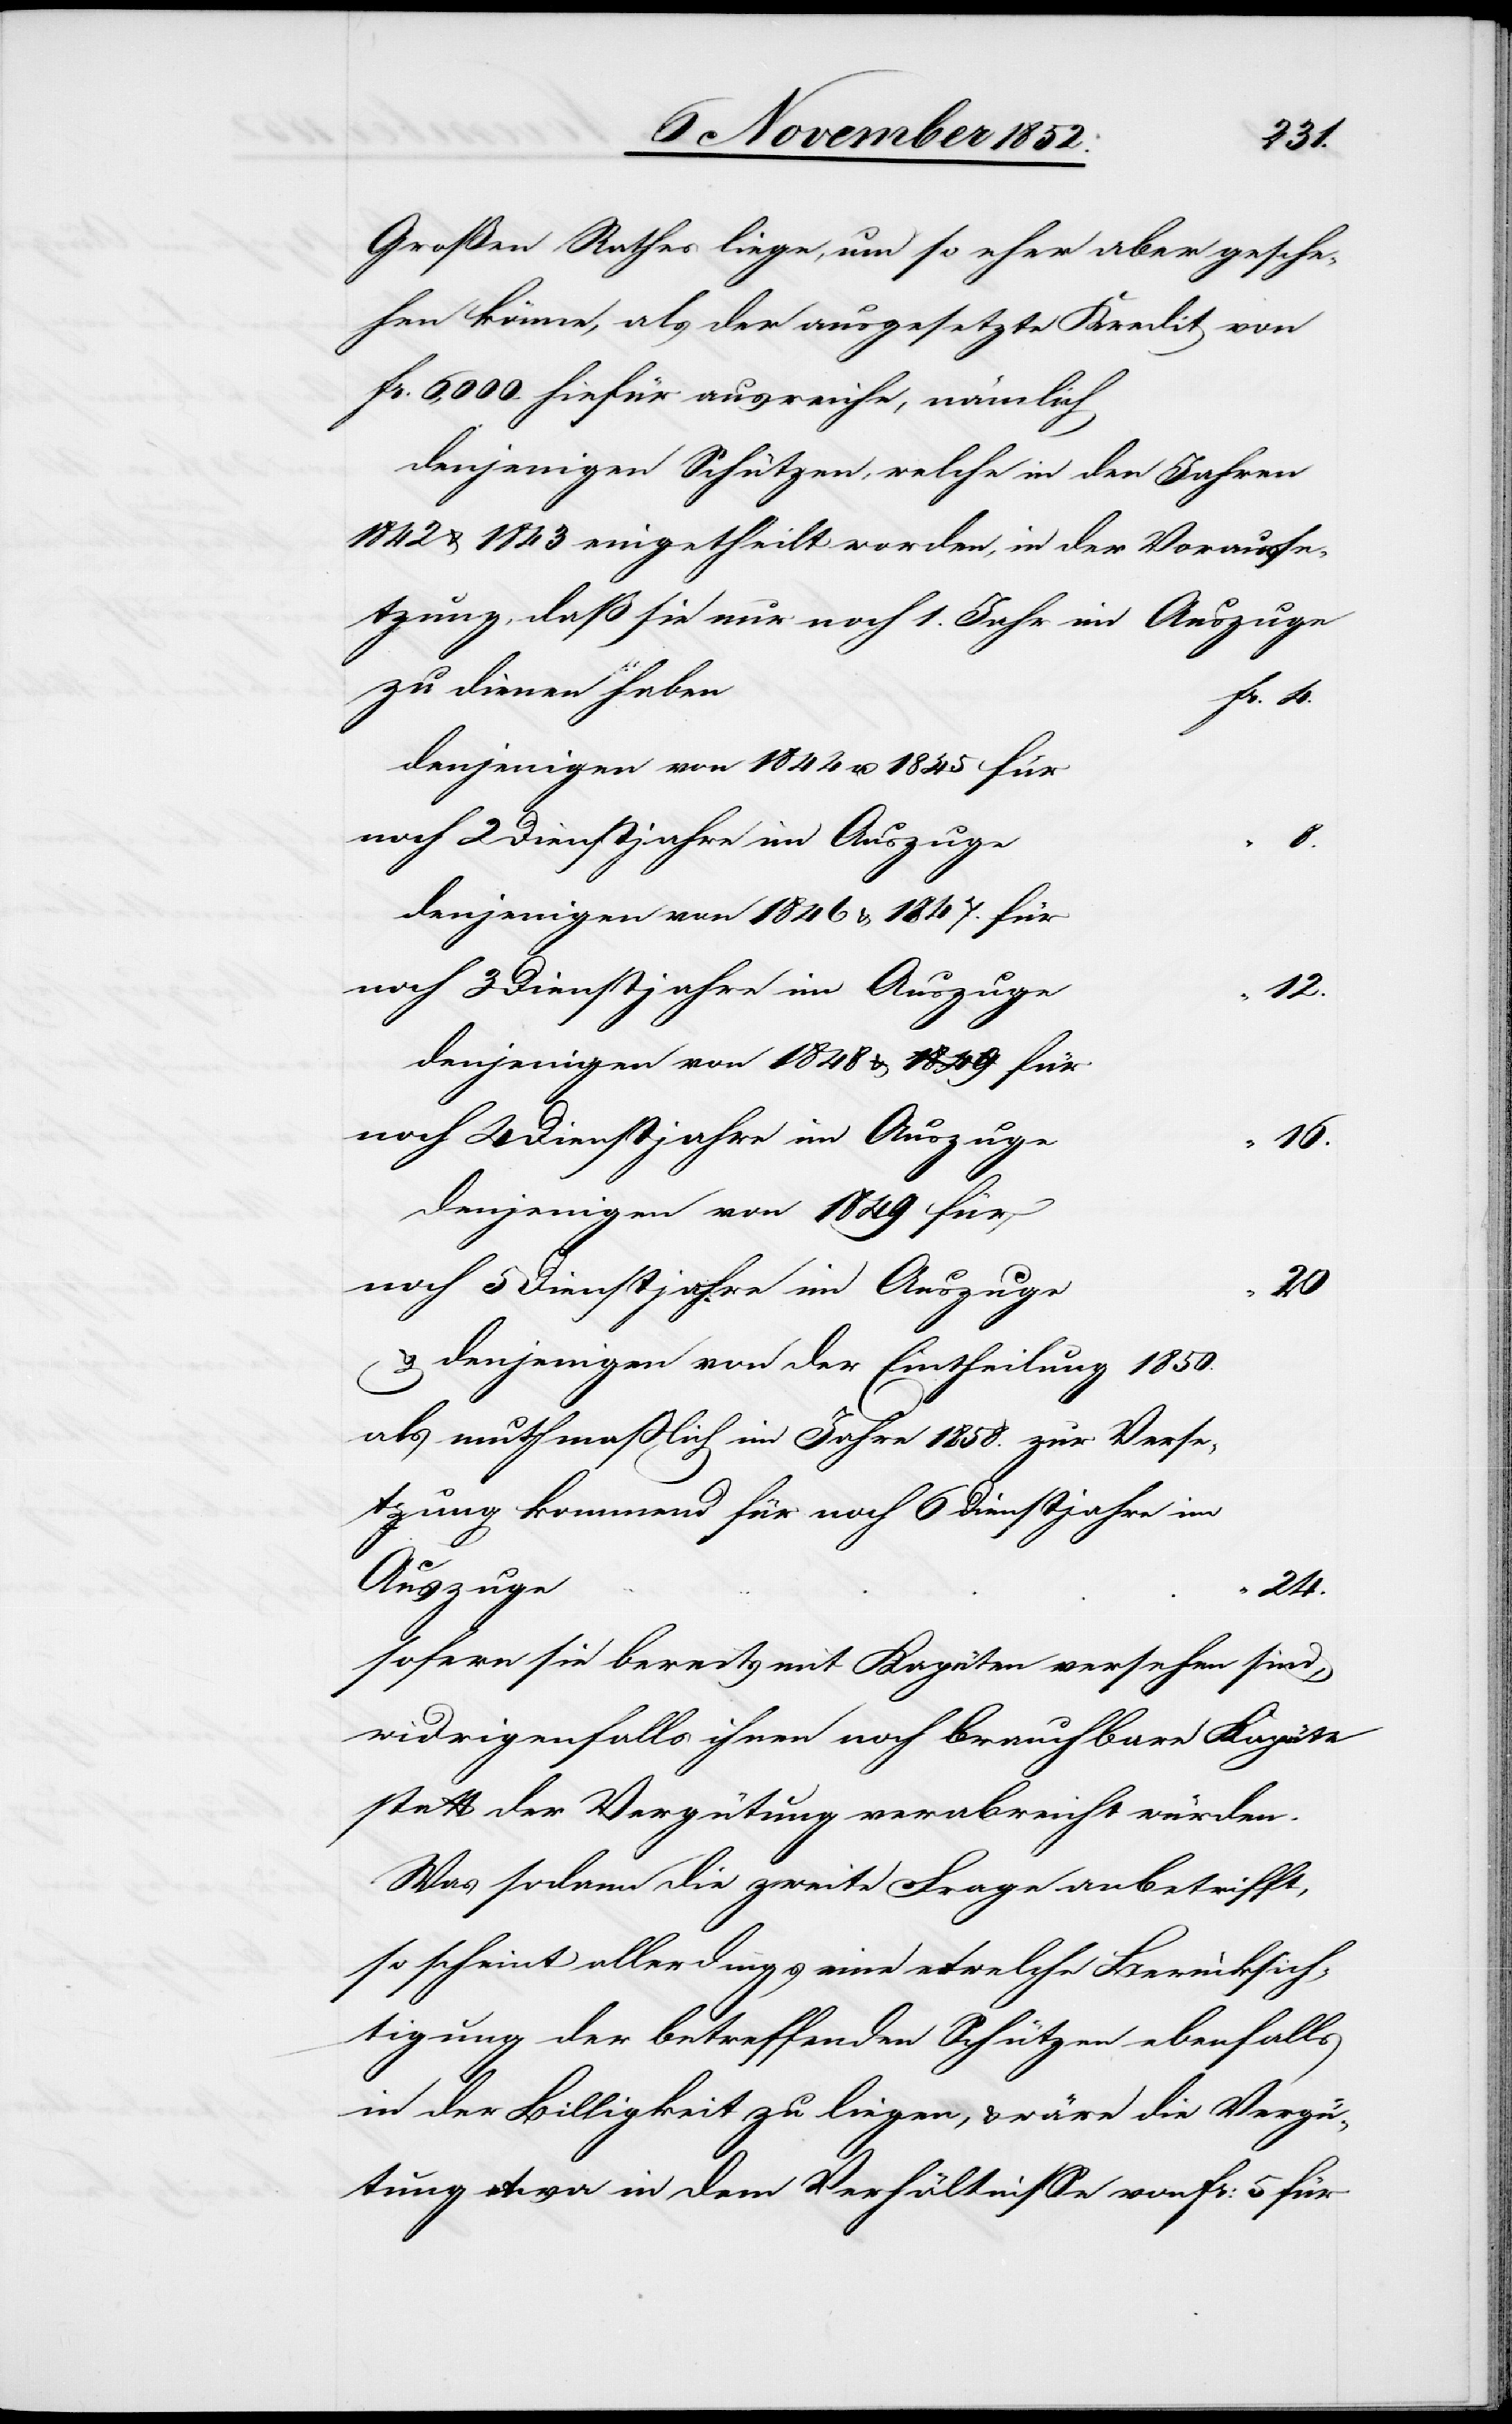
Großen Rathes liege, um so eher aber gesche¬
hen könne, als der ausgesetzte Kredit von
Fr. 6,000. hiefür ausreiche, nämlich
denjenigen Schützen, welche in den Jahren
tzung, daß sie nur noch 1. Jahr im Auszuge
zu dienen haben
Fr.
denjenigen von 1844 u. 1845 für
noch 2 Dienstjahre im Auszuge
8.
denjenigen von 1846 & 1847. für
noch 5 Dienstjahre im Auszuge
12.
denjenigen von 1848 & a-1849-a für
noch 4 Dienstjahre im Auszuge
16.
denjenigen von 1849 für
20
& denjenigen von der Eintheilung 1850.
als muthmaßlich im Jahre 1858. zur Verse¬
tzung kommend für noch 6 Dienstjahre im
Auszuge
24.
sofern sie bereits mit Kapüten versehen sind,
widrigenfalls ihnen noch brauchbare Kapüte
statt der Vergütung verabreicht würden.
Was sodann die zweite Frage anbetrifft,
so scheint allerdings eine etwelche Berücksich¬
tigung der betreffenden Schützen ebenfalls
in der Billigkeit zu liegen, & wäre die Vergü¬
tung etwa in dem Verhältnisse von Fr: 5 für